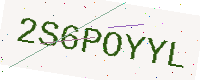
Text: 2S6POYYL